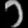
Digit: ၁